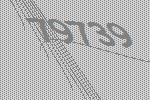
79739